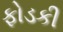
ફોડકી